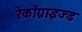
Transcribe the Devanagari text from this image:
रेकॉग्नाइज्ड